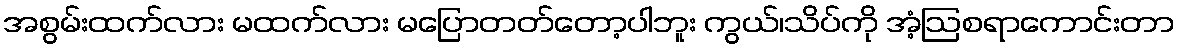
အစွမ်းထက်လား မထက်လား မပြောတတ်တော့ပါဘူး ကွယ်၊သိပ်ကို အံ့ဩစရာကောင်းတာ